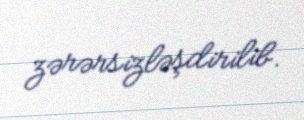
zərərsizləşdirilib.